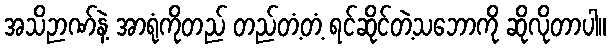
အသိဉာဏ်နဲ့ အာရုံကိုတည် တည်တံ့တံ့ ရင်ဆိုင်တဲ့သဘောကို ဆိုလိုတာပါ။